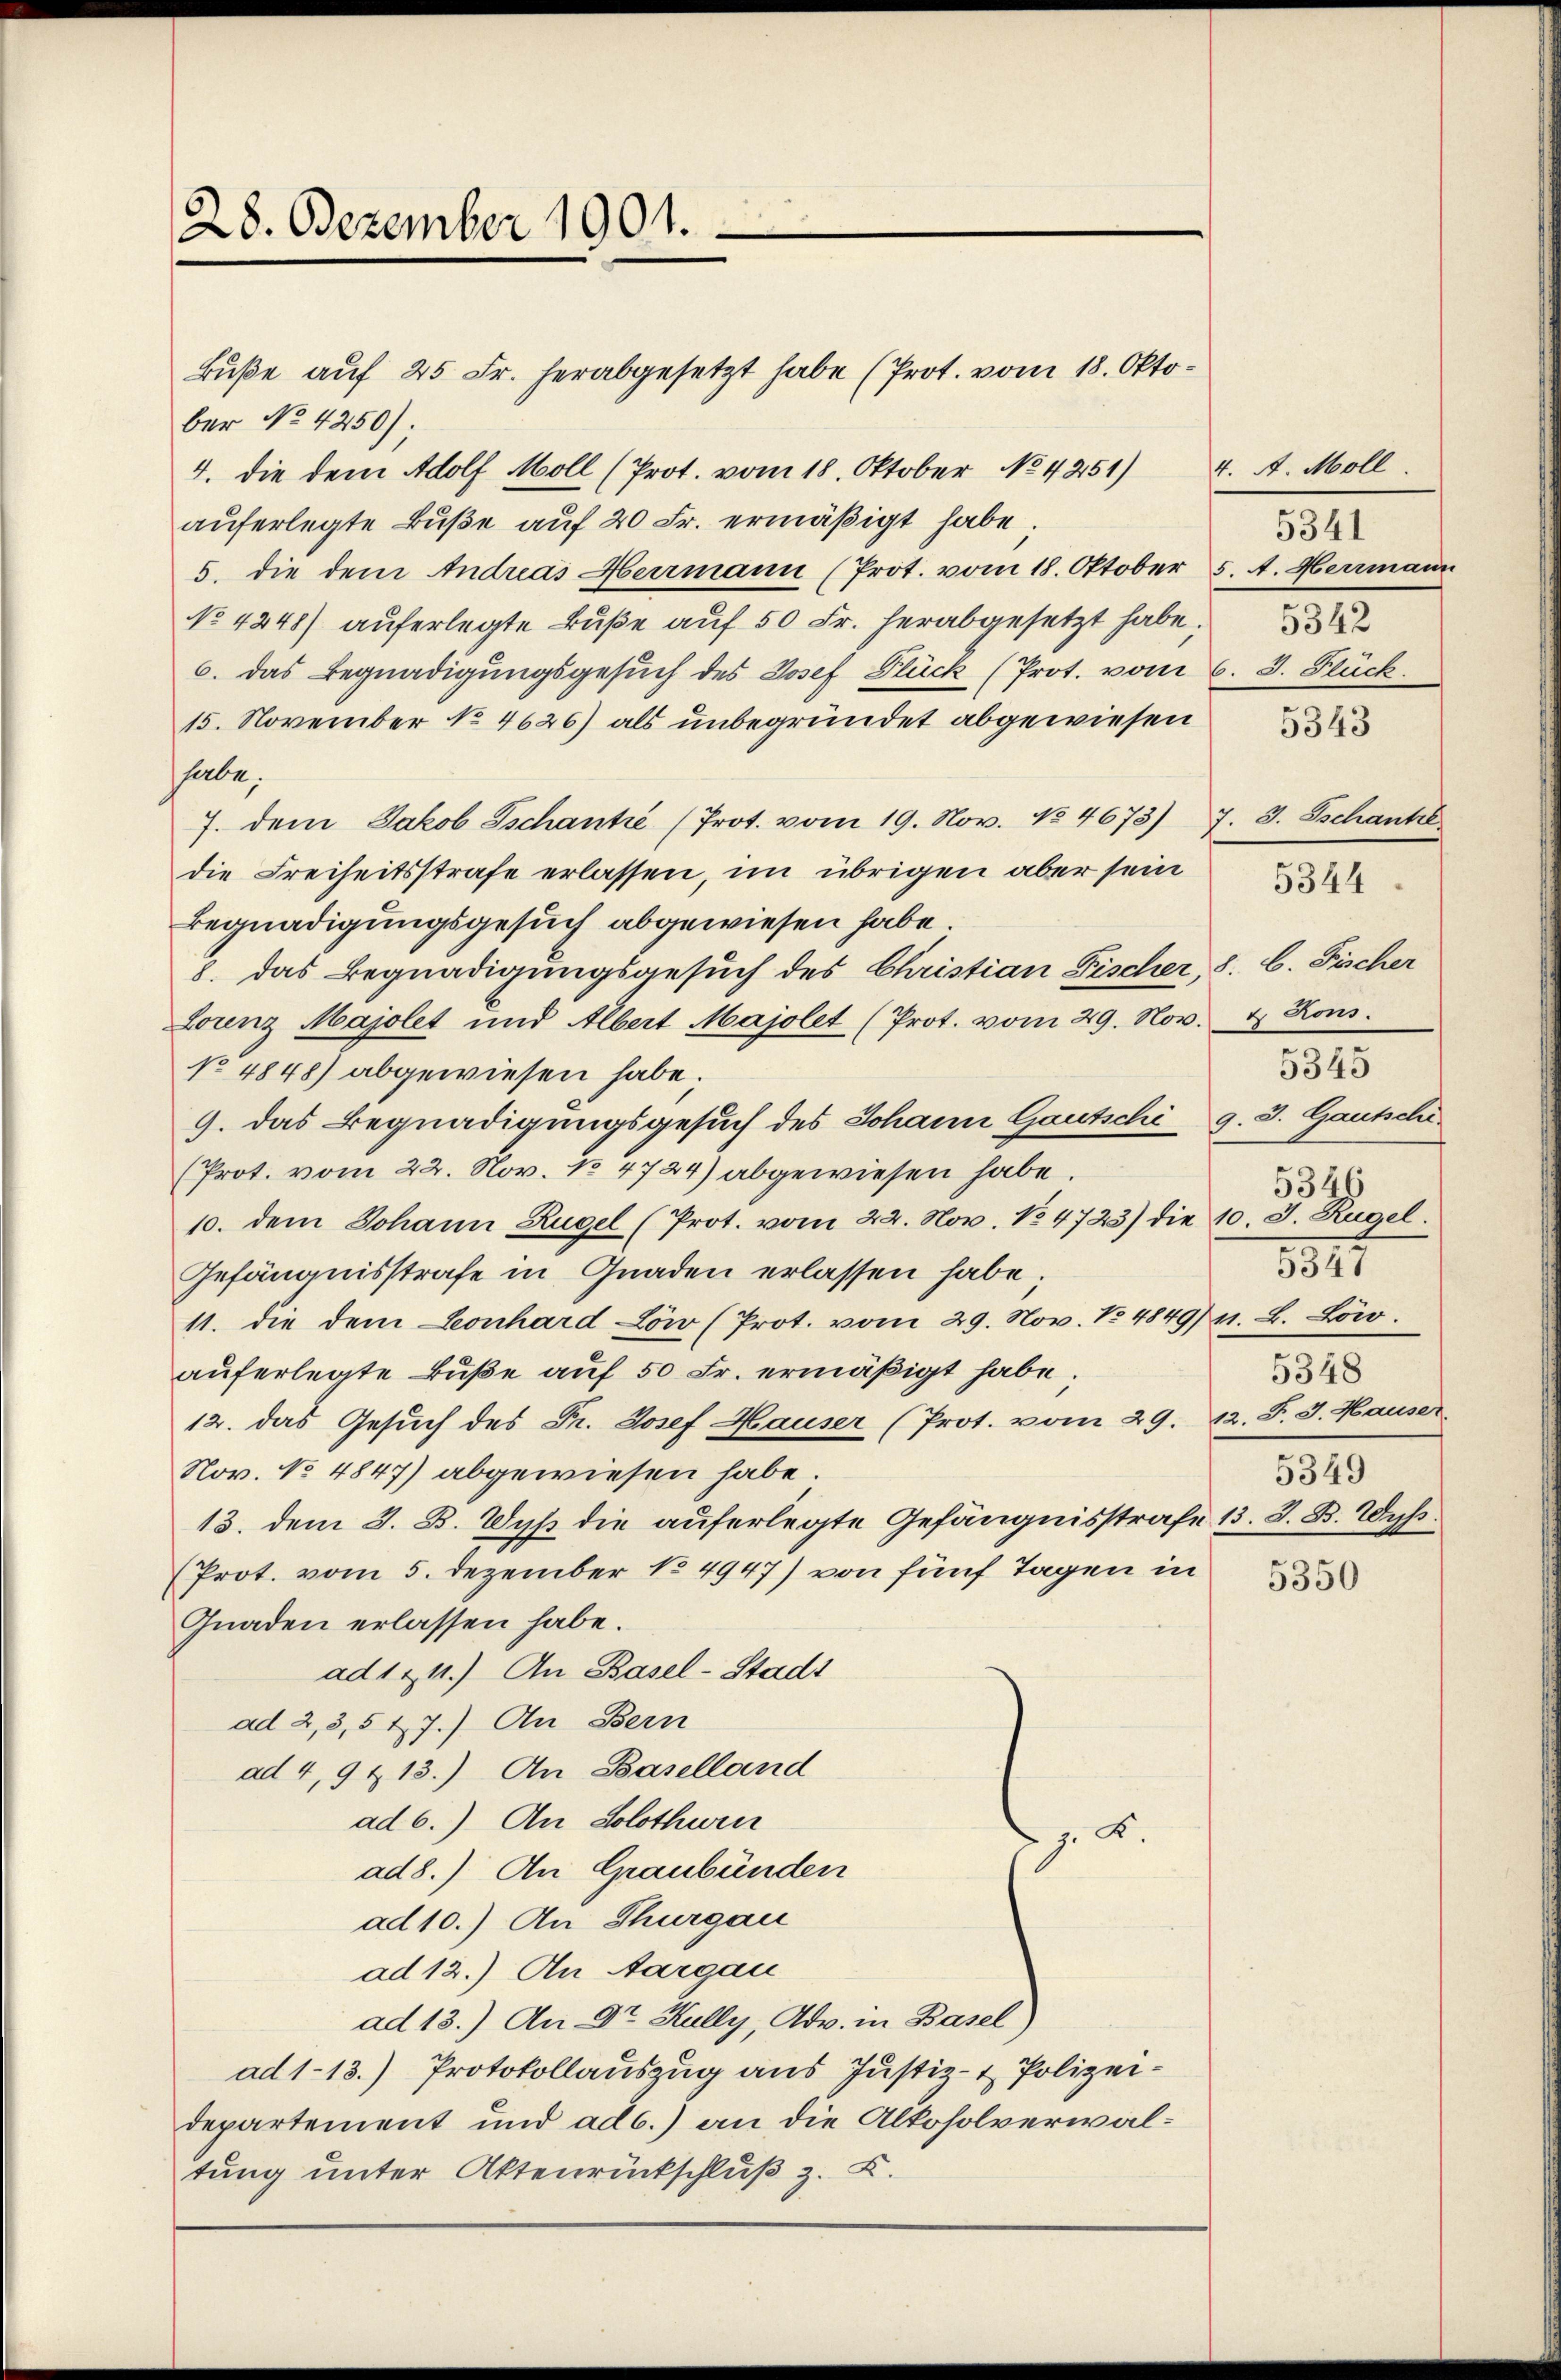
28. Dezember 1901.

Buße auf 25 Fr. herabgesetzt habe (Prot. vom 18. Oktober No. 4250)
4. die dem Adolf Moll (Prot. vom 18. Oktober No 4251)
aŭferlegte Bŭβe aŭf 20 Fr. ermäßigt habe;
5. die dem Andreas Herrmann (Prot. vom 18. Oktober 5. A. Heimann
No 4248) auferlegte Buße auf 50 Fr. herabgesetzt habe;
6. das Begnadigungsgesuch des Josef Glück (Prot. vom 6. 3. Stück.
15. November No 4626) als unbegründet abgewiesen
habe.
7. dem Jakob Tschantie (Prot. vom 19. Nov. No 4673) 7. 3. Tschantze
die Freiheitsstrafe erlassen, im übrigen aber sein
Begnadigungsgesuch abgewiesen habe.
8. das Begnadigungsgesuch des Christian Fischer, 8. b. Fischer
Lorenz Majolet und Albert Majolet (Prot. vom 29. Nov. & Kons.
No 4848) abgewiesen habe.
9. das Begnadigungsgesuch des Johann Gautschi 9.3. Gautsche
Prot. vom 22. Nov. No 4724) abgewiesen habe.
10. dem Johann Rügel (Prot. vom 22. Nov. No 4723) die 10. J. Rügel:
Gefängnisstrafe in Gnaden erlassen habe;
11. die dem Leonhard Löw (Prot. vom 29. Nov. No 4849/ 41. L. Löw.
aŭferlegte Bŭβe aŭf 50 Fr. ermäßigt habe;
12. das Gesuch des Fr. Josef Hauser (Prot. vom 29. 12. F. J. Hauser
Nov. No 4847) abgewiesen habe.
13. dem 3. B. Wyß die auferlegte Gefängnisstrafe 13. 3. B. Wyß.
(Prot. vom 5. Dezember No 4947) von fünf Tagen in
Gnaden erlassen habe.
ad 121.) An Basel-Stadt
ad 2, 3,5 x 7.) An Bern
ad 4, 9 & 13.) An Baselland
ad 6.) An Solothwen
 z. B.
ad8.) An Graubünden
ad 10.) An Thurgau
ad 12.) An Aargau
ad 13.) An Dr Kully, Adv. in Basel
ad 113.) Protokollauszug aus Justiz- & Polizeidepartement und ad b.) an die Alkoholverwaltung unter Aktenrückschluß z. B.

4. A. Moll
5341
5342

5343

5345
5349
5341
5348
5349

5344.

5350